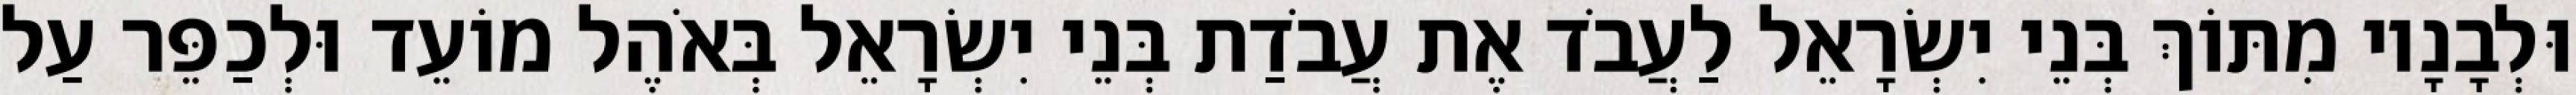
וּלְבָנָיו מִתּוֹךְ בְּנֵי יִשְׂרָאֵל לַעֲבֹד אֶת עֲבֹדַת בְּנֵי יִשְׂרָאֵל בְּאֹהֶל מוֹעֵד וּלְכַפֵּר עַל